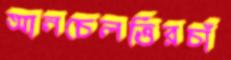
আনচেলত্তিরচাঁ